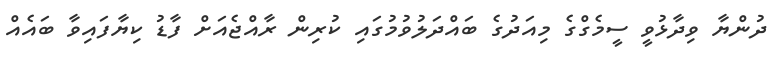
ދުންޔާ ވިދާޅުވީ ސީމެގްގެ މިއަދުގެ ބައްދަލުވުމުގައި ކުރިން ރާއްޖެއަށް ފާޑު ކިޔާފައިވާ ބައެއް